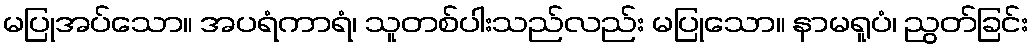
မပြုအပ်သော။ အပရံကာရံ၊ သူတစ်ပါးသည်လည်း မပြုသော။ နာမရူပံ၊ ညွတ်ခြင်း